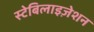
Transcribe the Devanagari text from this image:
स्टेबिलाइज़ेशन